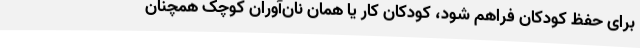
برای حفظ کودکان فراهم شود، کودکان کار یا همان نان‌آوران کوچک همچنان